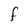
Character: f